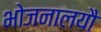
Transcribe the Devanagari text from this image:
भोजनालयौ